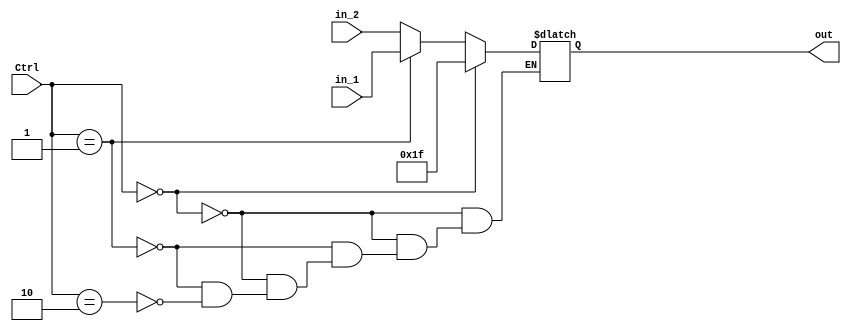
`timescale 1ns / 1ps
//////////////////////////////////////////////////////////////////////////////////
// Company: 
// Engineer: 
// 
// Design Name: 
// Module Name:    Mux_3_1 
// Project Name: 
// Target Devices: 
// Tool versions: 
// Description: 
//
// Dependencies: 
//
// Revision: 
// Revision 0.01 - File Created
// Additional Comments: 
//
//////////////////////////////////////////////////////////////////////////////////
module Mux_3_1(Ctrl, in_1, in_2, out);
	input wire [1:0] Ctrl;
	input wire [4:0] in_1, in_2;
	output reg [4:0] out;
	
	wire [4:0] in_0;
	assign in_0 = 5'h1f;
	
	initial begin
		out = 0;
	end
	
	always @(in_1 or in_2 or Ctrl) begin
		if (Ctrl == 2'b00)
			out = in_0;
		else if (Ctrl == 2'b01)
			out = in_1;
		else if (Ctrl == 2'b10)
			out = in_2;
	end

endmodule